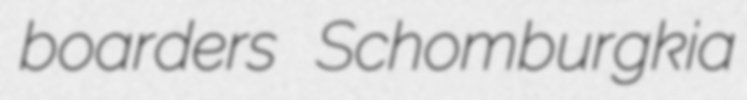
boarders Schomburgkia